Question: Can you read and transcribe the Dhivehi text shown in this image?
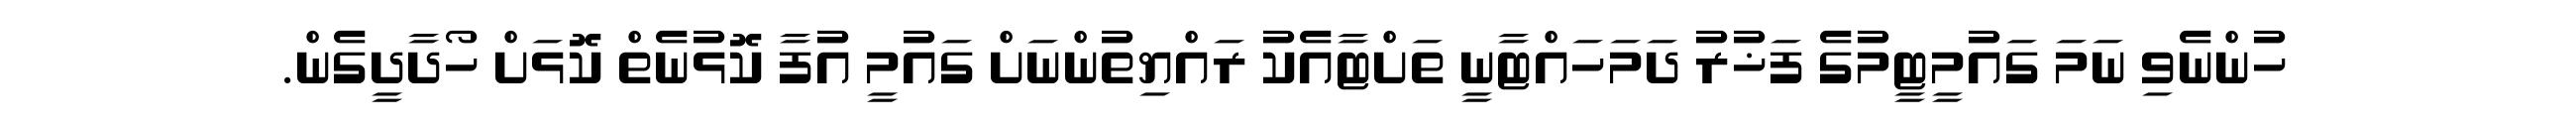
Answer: ހުންނެވި ނަމަ ގައުމީޓީމުގެ ފަޚުރު ދަމަހައްޓާނީ ތަށްޓާއެކު ރައްޔިތުންނަށް ގައުމީ އުފާ ކޮޅުނެތް ކޮޅަށް ހޯދާދީގެން.